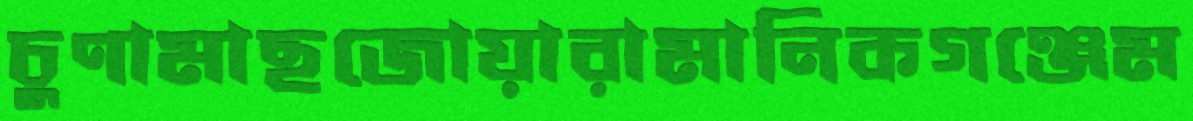
চুণামাছজোয়ারামানিকগঞ্জেম